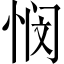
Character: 悯